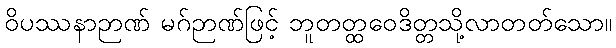
ဝိပဿနာဉာဏ် မဂ်ဉာဏ်ဖြင့် ဘူတတ္ထဝေဒိတ္တသို့လာတတ်သော။